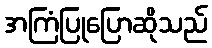
အကြံပြုပြောဆိုသည်